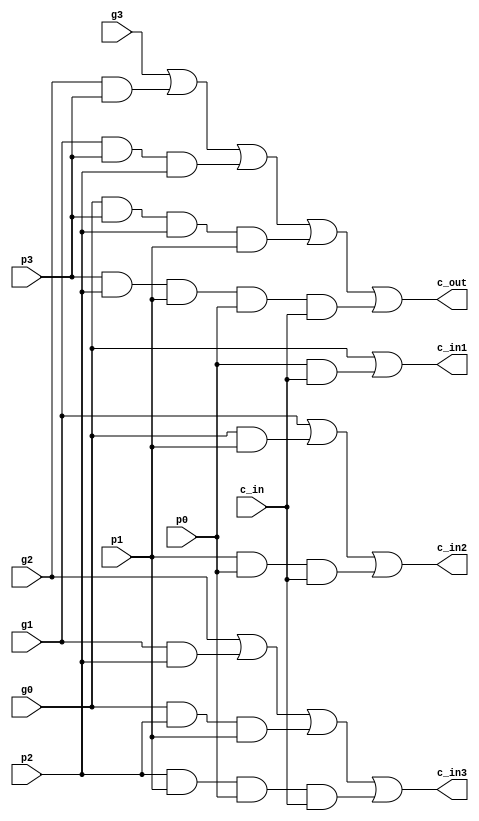
`default_nettype none
module carrylogic(c_in, c_in1, c_in2, c_in3, c_out, p0, p1, p2, p3, g0, g1, g2, g3);
    input  wire c_in, p0, p1, p2, p3, g0, g1, g2, g3;
    output wire c_in1, c_in2, c_in3, c_out;

    assign c_in1 = g0 | (p0 & c_in);
    // wire t1;
    // and2 a1(t1,    p0, c_in);
    // or2  o1(c_in1, g0, t1);

    assign c_in2 = g1 | (g0 & p1) | (p1 & p0 & c_in);
    // wire t2, t3;
    // and2 a2(t2,    g0, p1);
    // and3 a3(t3,    p1, p0, c_in);
    // or3  o2(c_in2, g1, t2, t3);

    assign c_in3 = g2 | (g1 & p2) | (g0 & p2 & p1) |(p2 & p1 & p0 & c_in);
    // wire t4, t5, t6;
    // and2 a4(t4,    g1, p2);
    // and3 a5(t5,    g0, p2, p1);
    // and4 a6(t6,    p2, p1, p0, c_in);
    // or4  o3(c_in3, g2, t4, t5, t6);

    assign c_out = g3 | (g2 & p3) | (g1 & p3 & p2) | (g0 & p3 & p2 & p1) |(p3 & p2 & p1 & p0 & c_in);
    // wire t7, t8, t9, t10;
    // and2 a7 (t7,    g2, p3);
    // and3 a8 (t8,    g1, p3, p2);
    // and4 a9 (t9,    g0, p3, p2, p1);
    // and5 a10(t10,   p3, p2, p1, p0, c_in);
    // or5  o4 (c_out, g3, t7, t8, t9, t10);

endmodule
`default_nettype wire